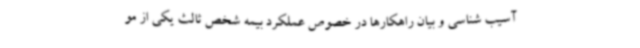
آسیب شناسی و بیان راهکارها در خصوص عملکرد بیمه شخص ثالث یکی از مو